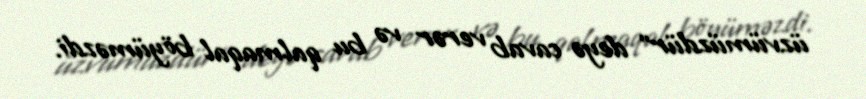
üzvümüzdür" deyə cavab verər və bu qalmaqal böyüməzdi.